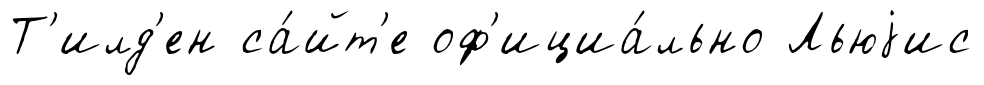
Т'илд'ен са́йт'е оф'ициа́льно Льюjис